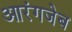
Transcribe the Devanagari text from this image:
आरंगजेब